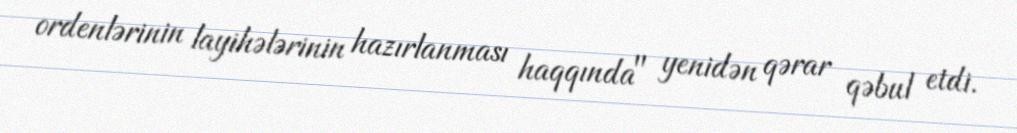
ordenlərinin layihələrinin hazırlanması haqqında" yenidən qərar qəbul etdi.